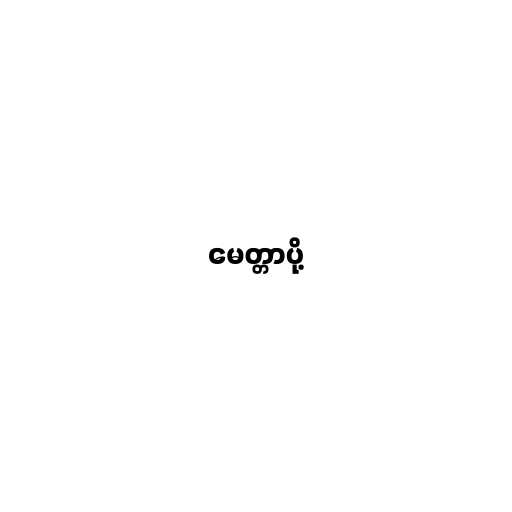
မေတ္တာပို့